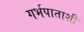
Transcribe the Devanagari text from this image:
गर्भपाताशी